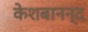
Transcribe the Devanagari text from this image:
केशबानन्द